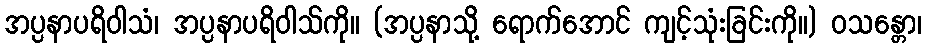
အပ္ပနာပရိဝါသံ၊ အပ္ပနာပရိဝါသ်ကို။ (အပ္ပနာသို့ ရောက်အောင် ကျင့်သုံးခြင်းကို။) ဝသန္တော၊